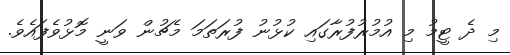
މި ދެ ޓީމު މި އުމުރުފުރާގައި ކުޅުނު ފުރަތަމަ މެޗުން ވަނީ މޮޅުވެފައެވެ.